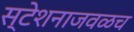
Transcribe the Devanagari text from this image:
स्टेशनाजवळच